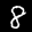
Label: 8